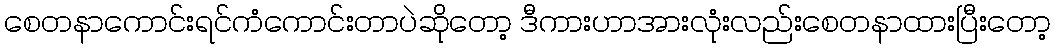
စေတနာကောင်းရင်ကံကောင်းတာပဲဆိုတော့ ဒီကားဟာအားလုံးလည်းစေတနာထားပြီးတော့